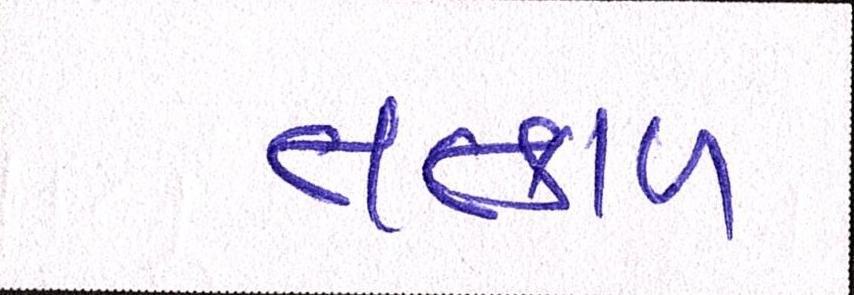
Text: તત્કાળ